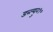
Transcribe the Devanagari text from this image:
डब्ल्यु२१०